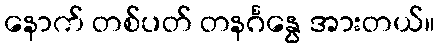
နောက် တစ်ပတ် တနင်္ဂနွေ အားတယ်။